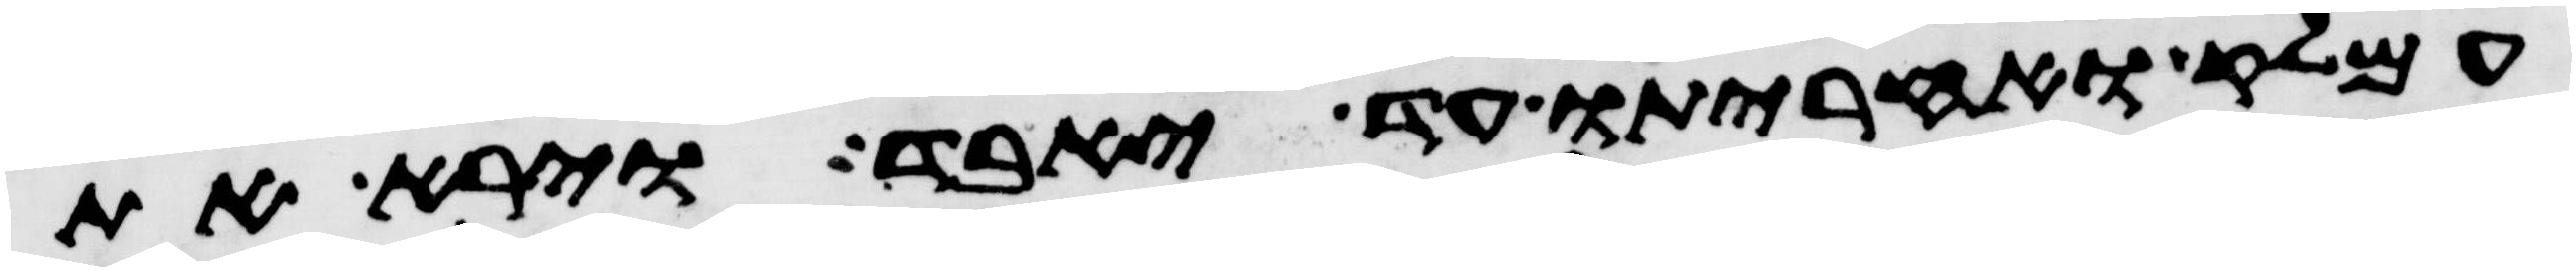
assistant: עמלק ואחריתו עד יאבד וירא את